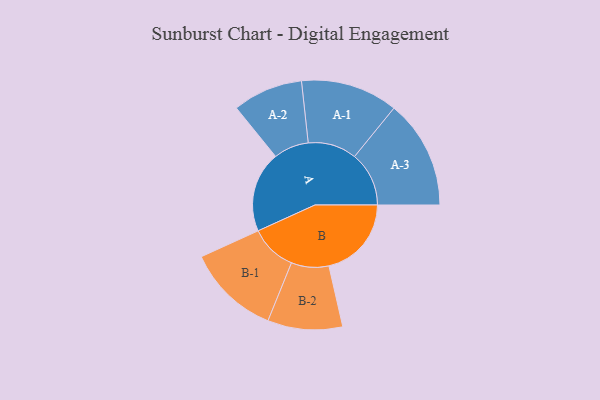
{"axis": {"x": "Segment", "y": "Value"}, "legend": ["", "A", "B"], "data": [{"x": "A", "y": 347, "type": ""}, {"x": "B", "y": 355, "type": ""}, {"x": "A-1", "y": 209, "type": "A"}, {"x": "A-2", "y": 151, "type": "A"}, {"x": "A-3", "y": 234, "type": "A"}, {"x": "B-1", "y": 200, "type": "B"}, {"x": "B-2", "y": 161, "type": "B"}]}